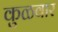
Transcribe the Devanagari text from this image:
कुळवार